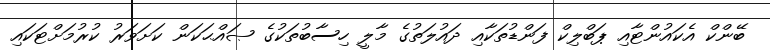
ބޭންކް އެކައުންޓާއި ޕަބްލިކް ފަންޑުތަކާއި ދައުލަތުގެ މާލީ ހިސާބުތަކުގެ ޞައްޙަކަން ކަށަވަރު ކުރުމަށްޓަކައި